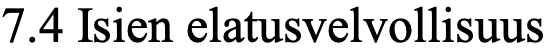
7.4 Isien elatusvelvollisuus